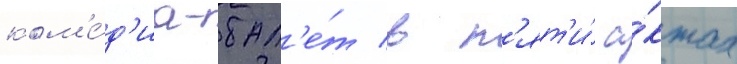
ком'е́д'иа-бал'е́т в п'ят'и́ а́ктах